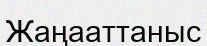
Жаңааттаныс